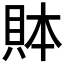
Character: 𲂪